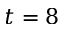
t = 8